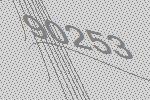
90253